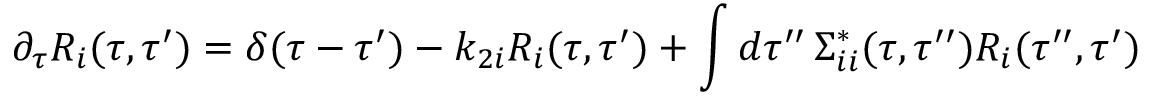
{ } \partial _ { \tau } R _ { i } ( \tau , \tau ^ { \prime } ) = \delta ( \tau - \tau ^ { \prime } ) - k _ { 2 i } R _ { i } ( \tau , \tau ^ { \prime } ) + \int d \tau ^ { \prime \prime } \, \Sigma _ { i i } ^ { * } ( \tau , \tau ^ { \prime \prime } ) R _ { i } ( \tau ^ { \prime \prime } , \tau ^ { \prime } )